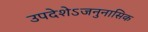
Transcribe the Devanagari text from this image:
उपदेशेऽजनुनासिक